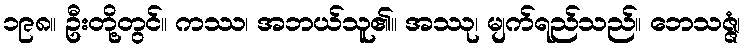
၁၉၈။ ဦးတို့တွင်။ ကဿ၊ အဘယ်သူ၏။ အဿု၊ မျက်ရည်သည်။ ဘေသဇ္ဇံ၊